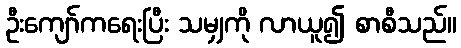
ဦးကျော်ကရေးပြီး သမျှကို လာယူ၍ စာစီသည်။